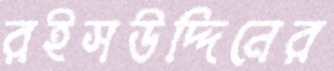
রইসউদ্দিনের